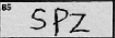
Transcription: SPZ